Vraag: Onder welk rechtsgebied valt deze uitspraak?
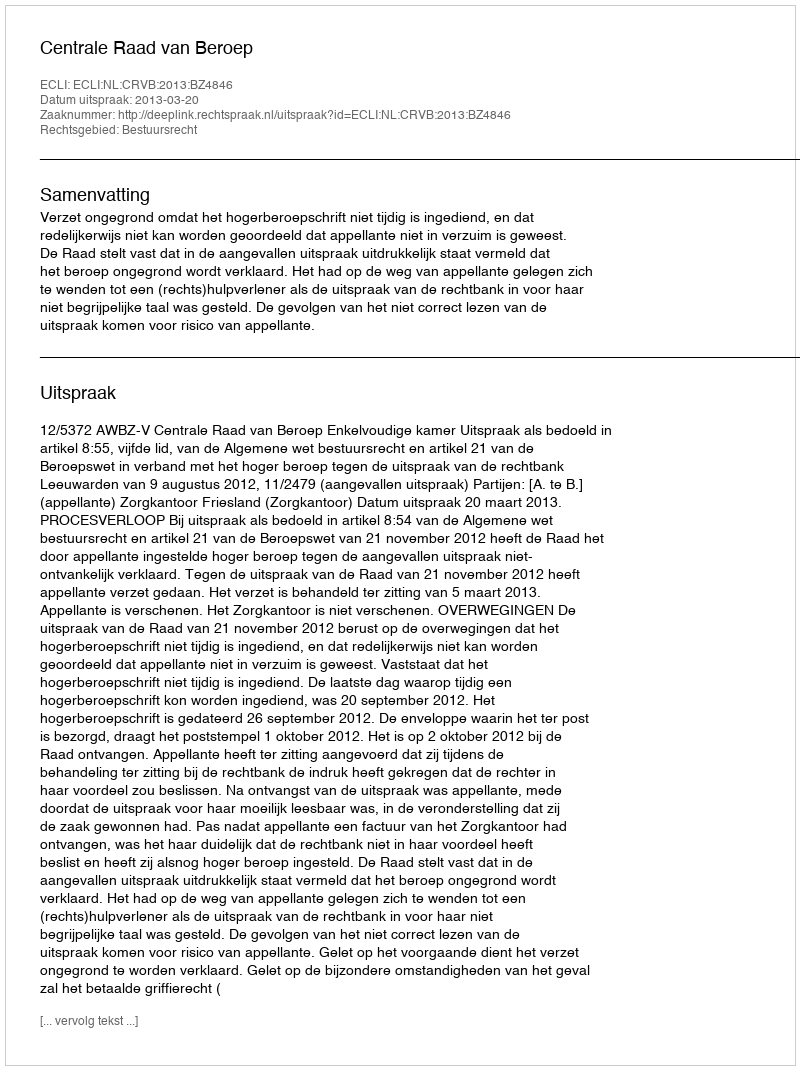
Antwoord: Bestuursrecht